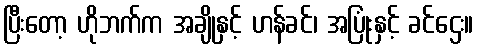
ပြီးတော့ ဟိုဘက်က အချိုနှင့် ဟန်ခင်၊ အပြုံးနှင့် ခင်ဌေး။